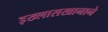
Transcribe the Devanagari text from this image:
इख्लासखानाने